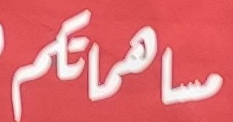
مساهمتكم